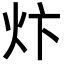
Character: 炞